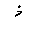
Letter: _thal